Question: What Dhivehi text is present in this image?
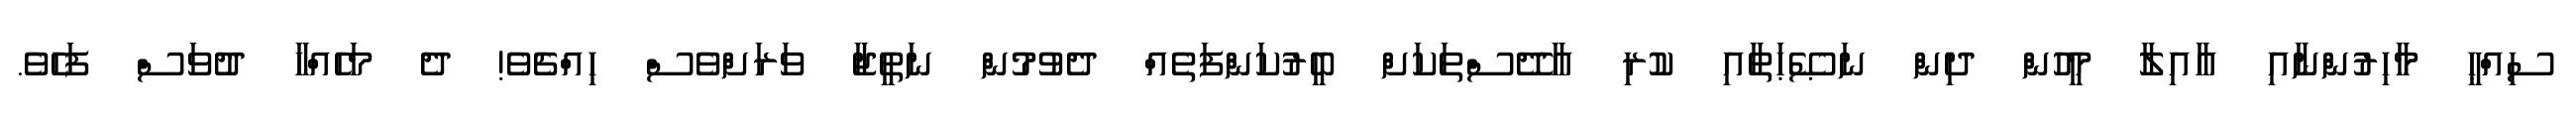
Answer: ސިއްޙީ މާހިރުންނާއި އާއިލާ މީހުން ދިން ނަޞޭޙަތާއި ކުރި އާދޭސްތަކަށް ބީރުކަންފަތެއް ދެވުމުން ނަތީޖާ ވަރަށްވެސް ހިއްޗެވެ! ދެ މަހެއްހާ ދުވަސް ފަހެވެ.